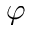
\varphi